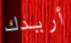
أريدك